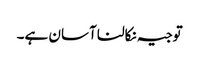
توجیہ نکالنا آسان ہے۔